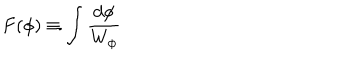
F ( \phi ) \equiv \int { \frac { d \phi } { W _ { \phi } } }